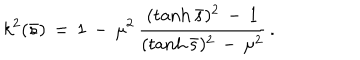
LaTeX: k ^ { 2 } ( \bar { s } ) \, = \, 1 \, - \, \mu ^ { 2 } \, \frac { ( \tanh \bar { s } ) ^ { 2 } \, - \, 1 } { ( \tanh \bar { s } ) ^ { 2 } \, - \, \mu ^ { 2 } } \, { . }